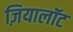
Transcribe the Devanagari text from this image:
ज़ियालॉट